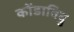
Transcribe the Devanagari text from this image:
कोंडाविदु